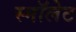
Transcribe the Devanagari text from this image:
स्मॉलेट